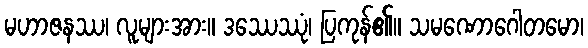
မဟာဇနဿ၊ လူများအား။ ဒဿေဿုံ၊ ပြကုန်၏။ သမဏောဂေါတမော၊